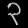
Digit: ၃